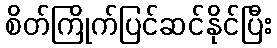
စိတ်ကြိုက်ပြင်ဆင်နိုင်ပြီး